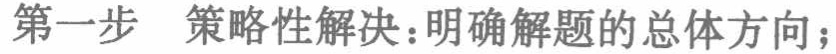
第一步  策略性解决：明确解题的总体方向；